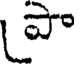
పా